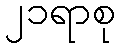
၂၁ရာစု